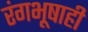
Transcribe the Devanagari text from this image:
रंगभूषाही